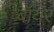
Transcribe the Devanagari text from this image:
बॉयर